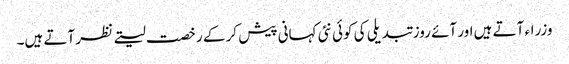
وزراء آتے ہیں اور آئے روز تبدیلی کی کوئی نئی کہانی پیش کر کے رخصت لیتے نظر آتے ہیں۔